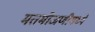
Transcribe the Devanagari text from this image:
मतमोजणीमध्ये